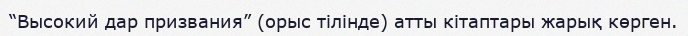
“Высокий дар призвания” (орыс тілінде) атты кітаптары жарық көрген.